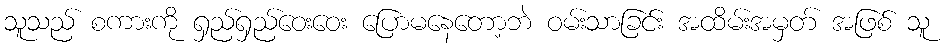
သူသည် စကားကို ရှည်ရှည်ဝေးဝေး ပြောမနေတော့ဘဲ ဝမ်းသာခြင်း အထိမ်းအမှတ် အဖြစ် သူ